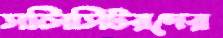
সলিসিটরদের